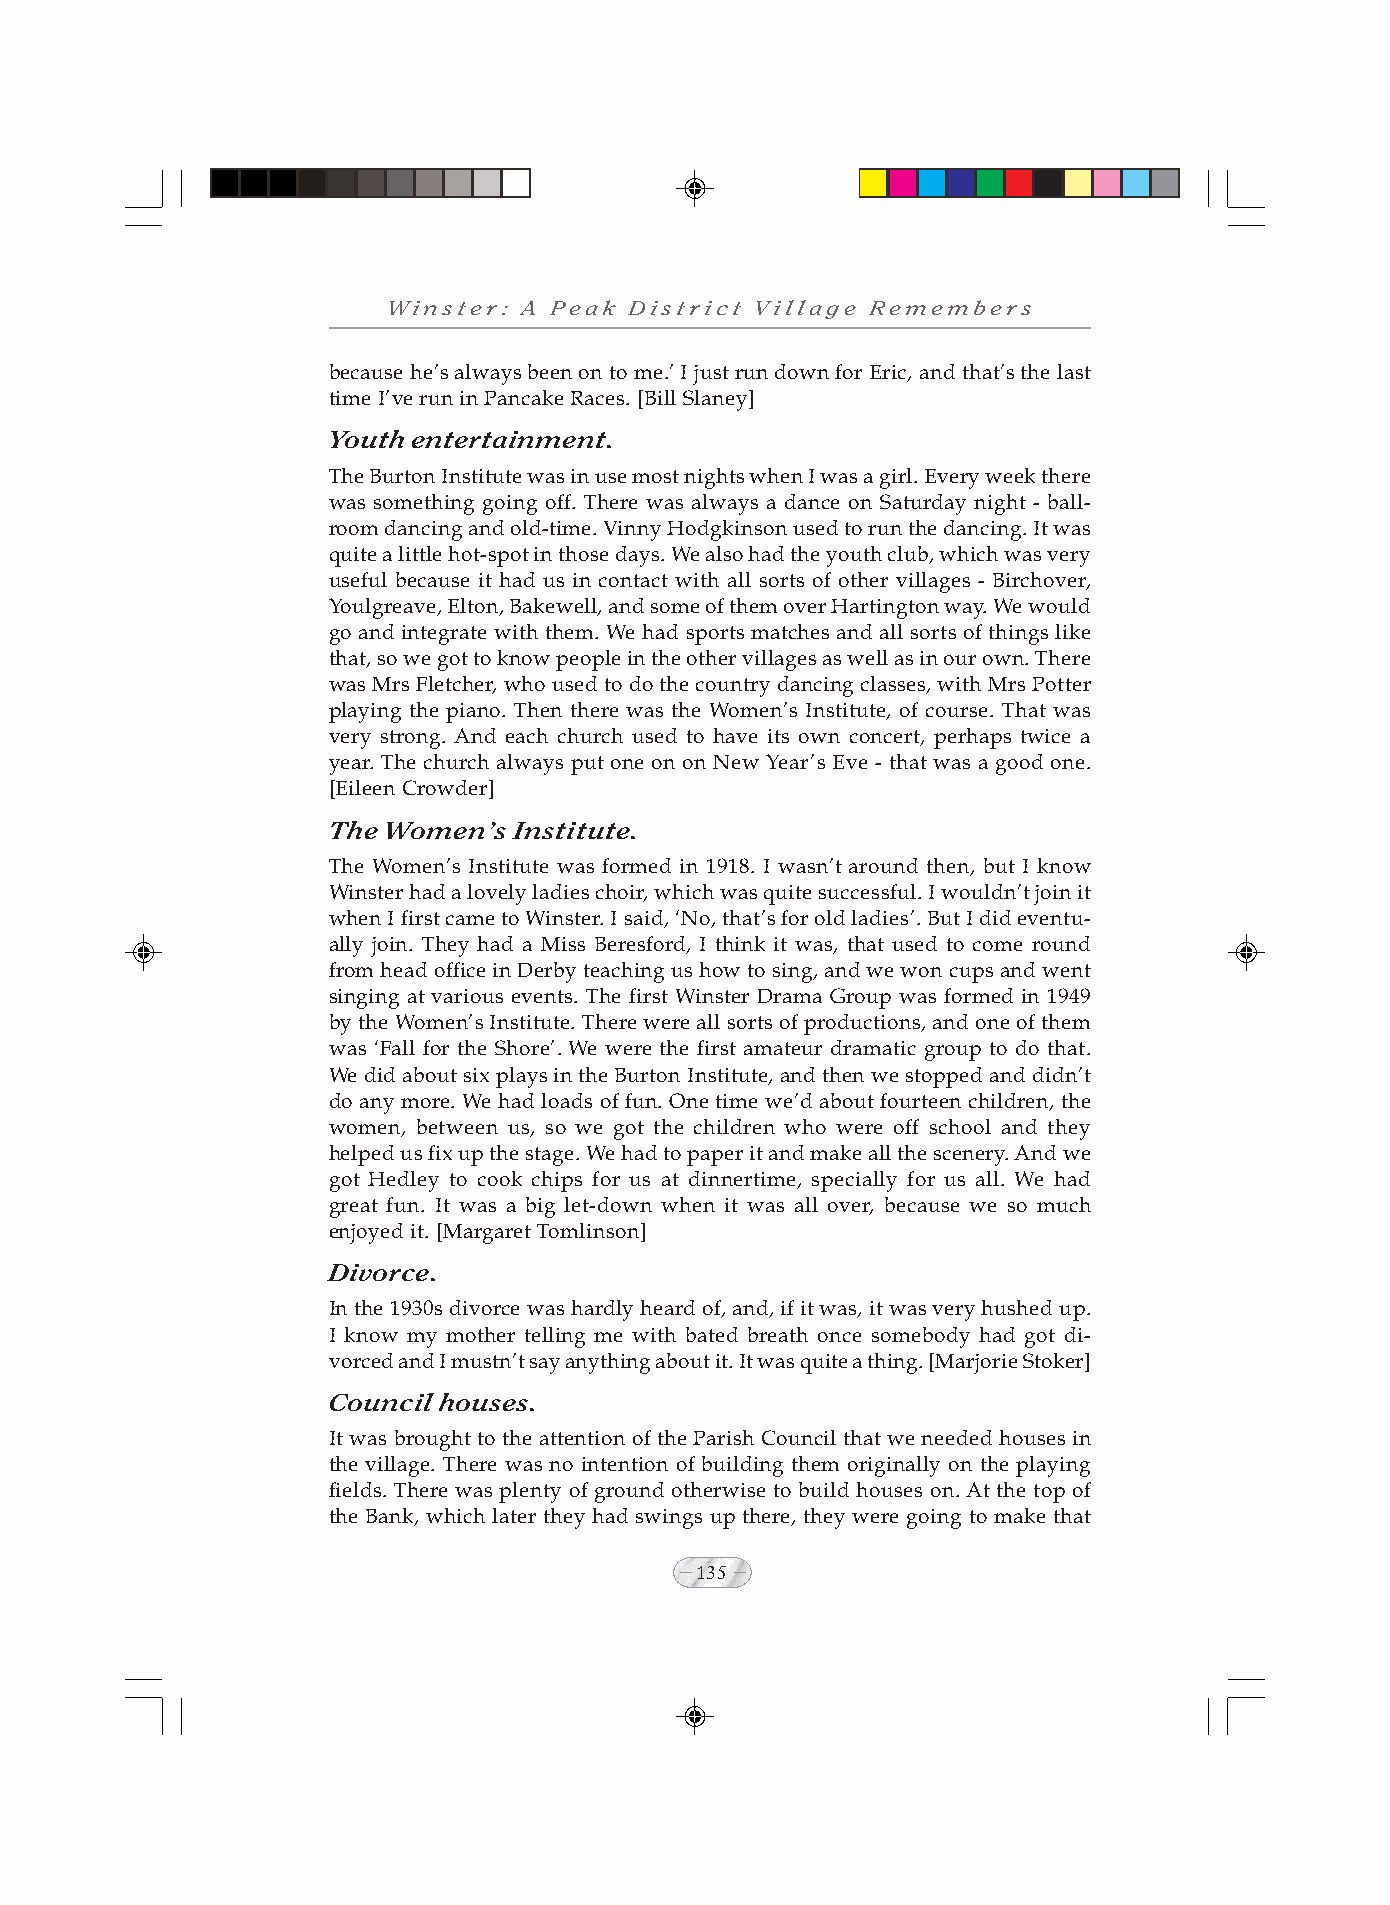
Winster: A Peak District Village Remembers
 because he’s always been on to me.’ I just run down for Eric, and that’s the last
 time I’ve run in Pancake Races. [Bill Slaney]
 Youth entertainment.
 The Burton Institute was in use most nights when I was a girl. Every week there
 was something going off. There was always a dance on Saturday night - ball-
 room dancing and old-time. Vinny Hodgkinson used to run the dancing. It was
 quite a little hot-spot in those days. We also had the youth club, which was very
 useful because it had us in contact with all sorts of other villages - Birchover,
 Youlgreave, Elton, Bakewell, and some of them over Hartington way. We would
 go and integrate with them. We had sports matches and all sorts of things like
 that, so we got to know people in the other villages as well as in our own. There
 was Mrs Fletcher, who used to do the country dancing classes, with Mrs Potter
 playing the piano. Then there was the Women’s Institute, of course. That was
 very strong. And each church used to have its own concert, perhaps twice a
 year. The church always put one on on New Year’s Eve - that was a good one.
 [Eileen Crowder]
 The Women’s Institute.
 The Women’s Institute was formed in 1918. I wasn’t around then, but I know
 Winster had a lovely ladies choir, which was quite successful. I wouldn’t join it
 when I first came to Winster. I said, ‘No, that’s for old ladies’. But I did eventu-
 ally join. They had a Miss Beresford, I think it was, that used to come round
 from head office in Derby teaching us how to sing, and we won cups and went
 singing at various events. The first Winster Drama Group was formed in 1949
 by the Women’s Institute. There were all sorts of productions, and one of them
 was ‘Fall for the Shore’. We were the first amateur dramatic group to do that.
 We did about six plays in the Burton Institute, and then we stopped and didn’t
 do any more. We had loads of fun. One time we’d about fourteen children, the
 women, between us, so we got the children who were off school and they
 helped us fix up the stage. We had to paper it and make all the scenery. And we
 got Hedley to cook chips for us at dinnertime, specially for us all. We had
 great fun. It was a big let-down when it was all over, because we so much
 enjoyed it. [Margaret Tomlinson]
 Divorce.
 In the 1930s divorce was hardly heard of, and, if it was, it was very hushed up.
 I know my mother telling me with bated breath once somebody had got di-
 vorced and I mustn’t say anything about it. It was quite a thing. [Marjorie Stoker]
 Council houses.
 It was brought to the attention of the Parish Council that we needed houses in
 the village. There was no intention of building them originally on the playing
 fields. There was plenty of ground otherwise to build houses on. At the top of
 the Bank, which later they had swings up there, they were going to make that
 135